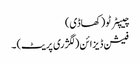
چیپٹر ٹو (کھاڈی)
فیشن ڈیزائن (لگژری پریٹ) ۔